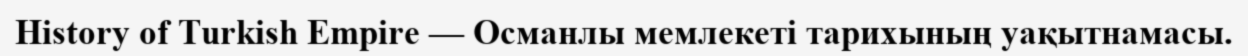
History of Turkish Empire — Османлы мемлекеті тарихының уақытнамасы.